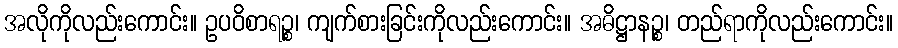
အလိုကိုလည်းကောင်း။ ဥပဝိစာရဉ္စ၊ ကျက်စားခြင်းကိုလည်းကောင်း။ အဓိဋ္ဌာနဉ္စ၊ တည်ရာကိုလည်းကောင်း။